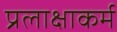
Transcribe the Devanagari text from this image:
प्रलाक्षाकर्म